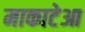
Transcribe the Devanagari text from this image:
माकाटेआ